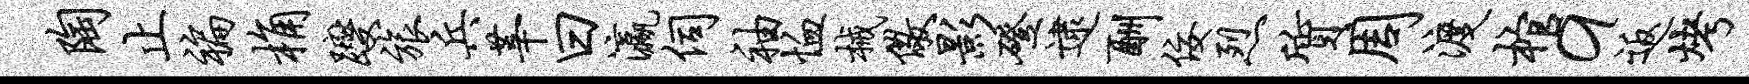
陶止褊桷躞旅兵莘曰瀛伺袖恤械儆影磴逮酬佞烈质周渡棺a返烤